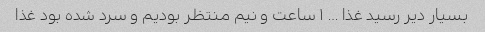
بسیار دیر رسید غذا … ۱ ساعت و نیم منتظر بودیم و سرد شده بود غذا